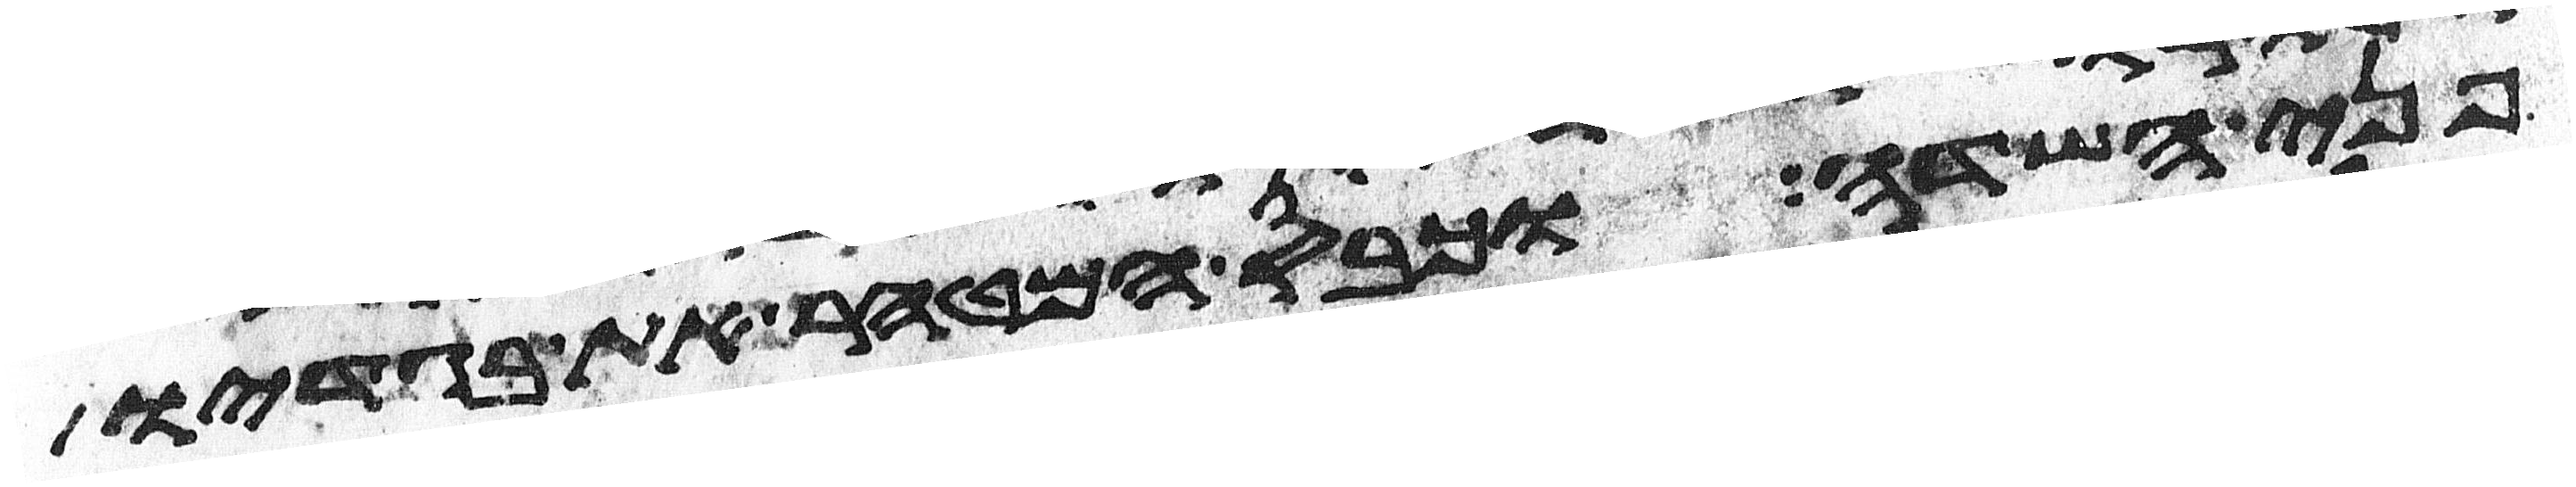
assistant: פני השדה וכבס המטהר את בגדיו